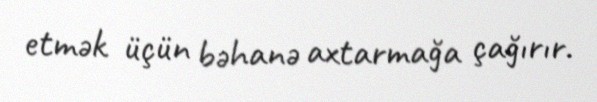
etmək üçün bəhanə axtarmağa çağırır.